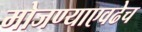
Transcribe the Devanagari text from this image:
मोजण्याएवढेच